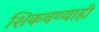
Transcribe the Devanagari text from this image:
शिकवण्याही